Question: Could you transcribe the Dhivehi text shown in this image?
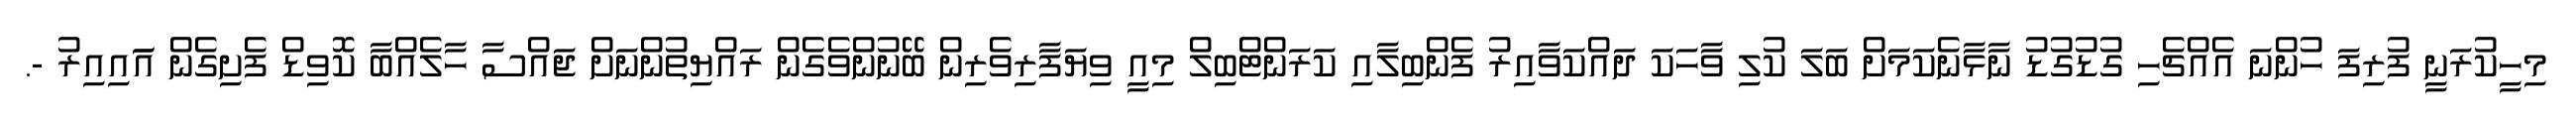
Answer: މިހީކުރަނީ ފުރިފަ ހުންނަ އެއްޗެހި ގުޑުގުޑު ނާޅާނެކަމަށް ބަލަ ކުލި ވާހަކަ ދައްކަވާއިރު ފެންބިލާއި ކަރަންޓްބިލް މިއީ ވިޔަފާރިވެރިން ބޭނުންވެގެން ރައްޔިތުންނަށް ޖައްސާ ހާލެއްބާ ކޮވިޑް ފެށިގެން އަައިއިރު -.